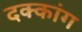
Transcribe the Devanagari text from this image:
दक्कांग